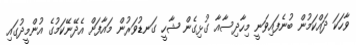
ވާހަކަ ދައްކަމުން ބުނެފައިވަނީ މިހާދިސާއާ ގުޅިގެން ޝާހީ ގަނޑުވަރުން މައާފަށް އެދޭނޭކަމުގެ އުންމީދުގައި